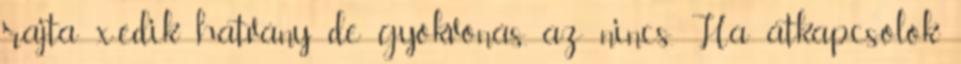
rajta x-edik hatvány de gyökvonás, az nincs. Ha átkapcsolok